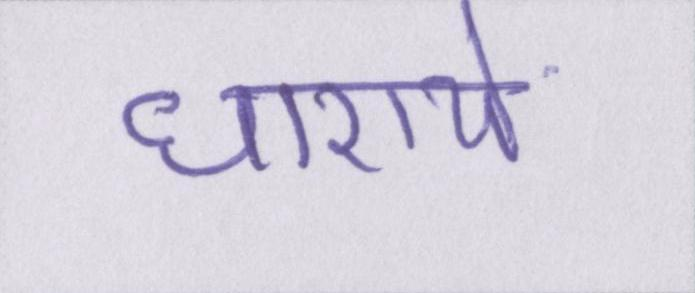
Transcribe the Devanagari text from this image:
धारायें